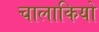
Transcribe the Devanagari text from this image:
चालाकियो